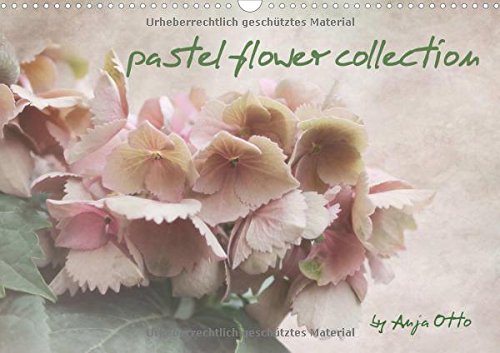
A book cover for pastel flower collection - Wandkalender 2016; Calendars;